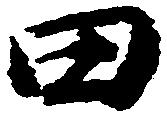
田